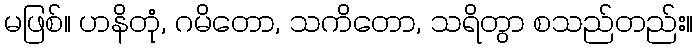
မဖြစ်။ ဟနိတုံ, ဂမိတော, သကိတော, သရိတွာ စသည်တည်း။